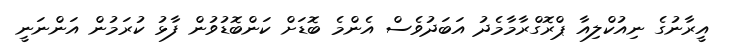
އީރާނުގެ ނިއުކްލިއާ ޕްރޮގްރާމާމެދު އަބަދުވެސް އެންމެ ބޮޑަށް ކަންބޮޑުވުން ފާޅު ކުރަމުން އަންނަނީ